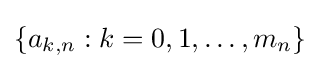
\{a_{k,n}:k=0,1,\ldots ,m_{n}\}